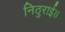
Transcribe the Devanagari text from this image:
निठुराई।।